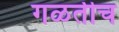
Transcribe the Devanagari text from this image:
गळतीच